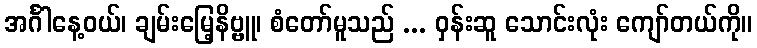
အင်္ဂါနေ့ဝယ်၊ ချမ်းမြေ့နိဗ္ဗူ၊ စံတော်မူသည် ... ဝှန်းဆူ သောင်းလုံး ကျော်တယ်ကို။